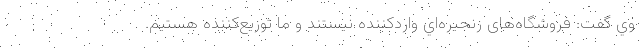
وي گفت: فروشگاه‌های زنجيره‌اي واردكننده نيستند و ما توزيع‌كننده هستيم.